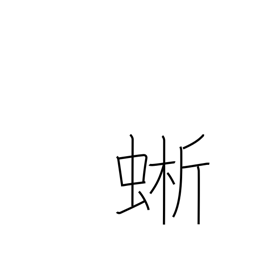
Meaning: a lizard